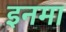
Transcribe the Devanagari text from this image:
इनमा